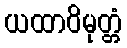
ယထာဝိမုတ္တံ